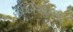
છીએએમના